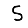
Digit: 5